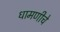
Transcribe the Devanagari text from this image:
धामणीचे